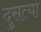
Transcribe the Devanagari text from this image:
दुसत्‍या